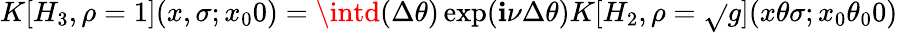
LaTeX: K[H_{3},\rho=1](x,\sigma;x_{0}0)=\intd(\Delta\theta)\exp(\mathbf{i}\nu\Delta\theta)K[H_{2},\rho=\sqrt{}{{g}}](x\theta\sigma;x_{0}\theta_{0}0)